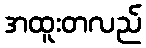
အထူးတလည်